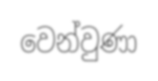
වෙන්වුණා